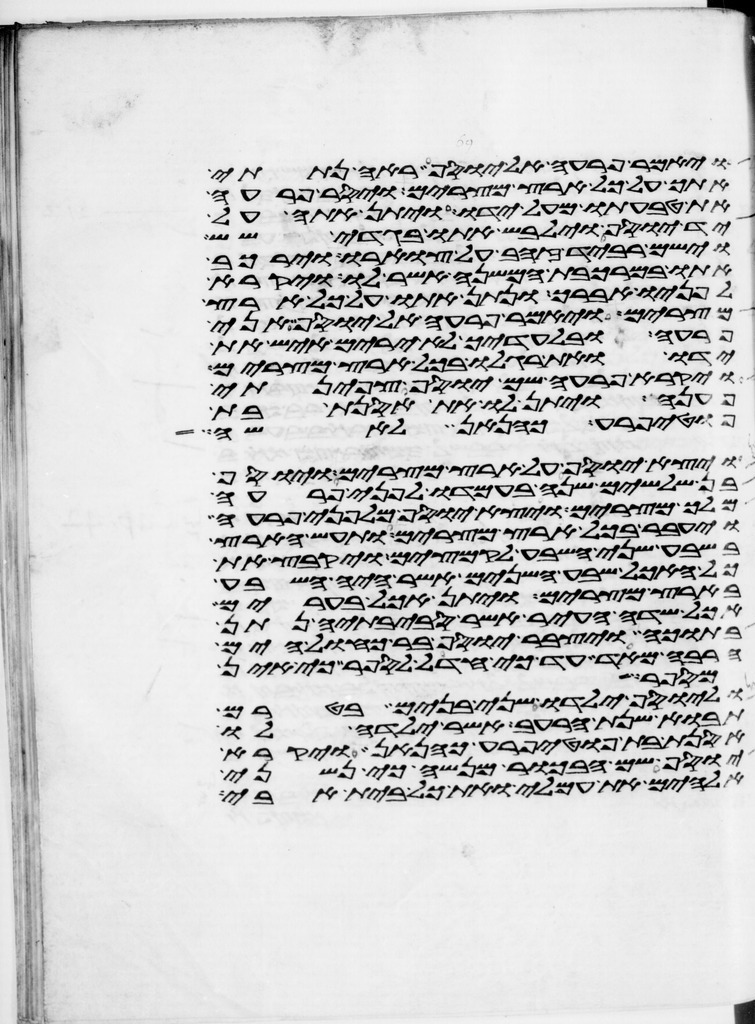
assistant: ויאמר פרעה אל יוסף ראה נתתי
אתך על כל ארץ מצרים ויסר פרעה
את טבעתו מעל ידו ויתן אתה על
יד יוסף וילבש אתו בגדי שש
וישם רביד זהב על צוארו וירכב
אתו במרכבת המשנה אשר לו ויקרא
לפניו אברך ונתן אתו על כל ארץ
מצרים ויאמר פרעה אל יוסף אני
פרעה ובלעדיך לא ירים איש את
ידו ואת רגלו בכל ארץ מצרים
ויקרא פרעה שם יוסף צפינתי
פענה ויתן לו את אסנת בת
פוטיפרע כהן אן לאשה
ויצא יוסף על ארץ מצרים ויוסף
בן שלשים שנה בעמדו לפני פרעה
מלך מצרים ויצא יוסף מלפני פרעה
ויעבר בכל ארץ מצרים ותעש הארץ
בשבע שני השבע לקמצים ויקבץ את
כל האכל שבע השנים אשר היה השבע
בארץ מצרים ויתן אכל בערים
אכל שדה העיר אשר סביבתיה נתן
בתוכה ויצבר יוסף בר כחול הים
הרבה מאד עד כי חדל לספר כי אין
מספר
וליוסף ילדו שני בנים בטרם
תבוא שנת הרעב אשר ילדה לו
אסנת בת פוטיפרע כהנאן ויקרא
יוסף שם הבכור מנשה כי נשני
אלהים את עמלי ואת כל בית אבי